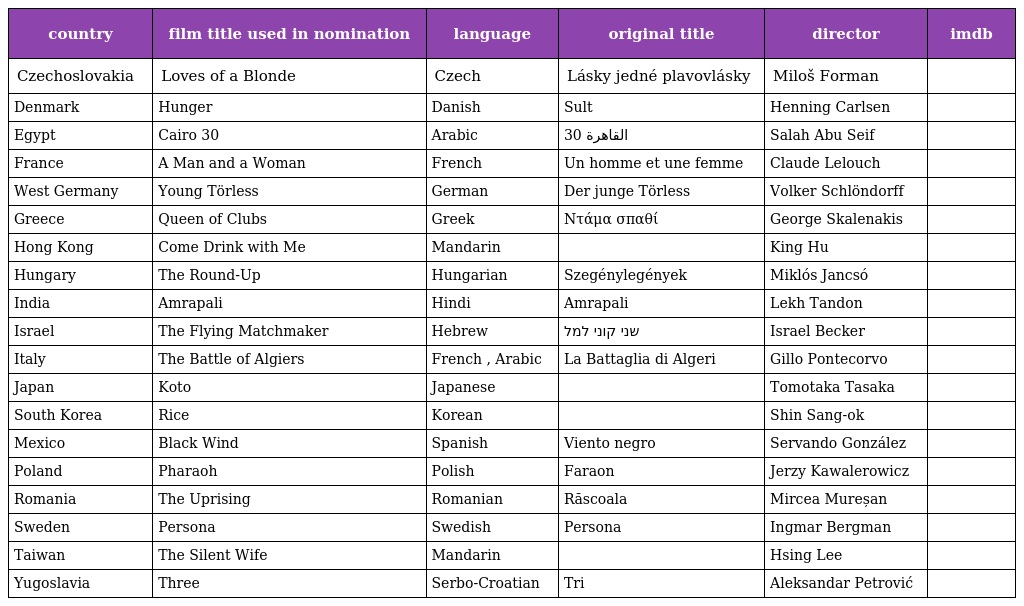
| country | film title used in nomination | language | original title | director | imdb |
 | --- | --- | --- | --- | --- | --- |
 | Czechoslovakia | Loves of a Blonde | Czech | Lásky jedné plavovlásky | Miloš Forman |  |
 | Denmark | Hunger | Danish | Sult | Henning Carlsen |  |
 | Egypt | Cairo 30 | Arabic | القاهرة 30 | Salah Abu Seif |  |
 | France | A Man and a Woman | French | Un homme et une femme | Claude Lelouch |  |
 | West Germany | Young Törless | German | Der junge Törless | Volker Schlöndorff |  |
 | Greece | Queen of Clubs | Greek | Ντάμα σπαθί | George Skalenakis |  |
 | Hong Kong | Come Drink with Me | Mandarin | 大醉俠 | King Hu |  |
 | Hungary | The Round-Up | Hungarian | Szegénylegények | Miklós Jancsó |  |
 | India | Amrapali | Hindi | Amrapali | Lekh Tandon |  |
 | Israel | The Flying Matchmaker | Hebrew | שני קוני למל | Israel Becker |  |
 | Italy | The Battle of Algiers | French , Arabic | La Battaglia di Algeri | Gillo Pontecorvo |  |
 | Japan | Koto | Japanese | 湖の琴 | Tomotaka Tasaka |  |
 | South Korea | Rice | Korean | 쌀 | Shin Sang-ok |  |
 | Mexico | Black Wind | Spanish | Viento negro | Servando González |  |
 | Poland | Pharaoh | Polish | Faraon | Jerzy Kawalerowicz |  |
 | Romania | The Uprising | Romanian | Răscoala | Mircea Mureșan |  |
 | Sweden | Persona | Swedish | Persona | Ingmar Bergman |  |
 | Taiwan | The Silent Wife | Mandarin | 哑女情深 | Hsing Lee |  |
 | Yugoslavia | Three | Serbo-Croatian | Tri | Aleksandar Petrović |  |